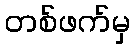
တစ်ဖက်မှ